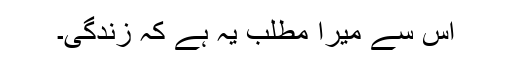
اس سے میرا مطلب یہ ہے کہ زندگی۔